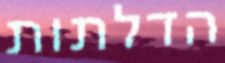
הדלתות